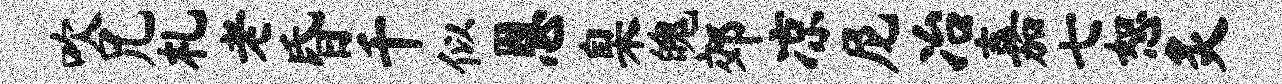
吹兄札老昏千似恩臬魄郊凉尼冶嘉七恕炙